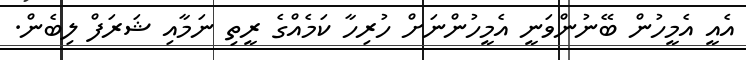
އެއީ އެމީހުން ބޭނުންވަނީ އެމީހުންނަށް ހުރިހާ ކަމެއްގެ ރީތި ނަމާއި ޝަރަފް ލިބެން.